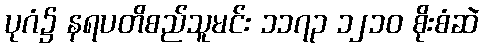
ပုဂံ၌ နရပတိစည်သူမင်း ၁၁၇၃ ၁၂၁၀ စိုးစံဆဲ